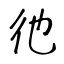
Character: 彵